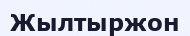
Жылтыржон